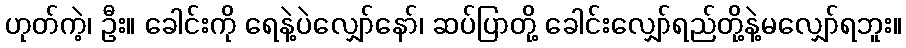
ဟုတ်ကဲ့၊ ဦး။ ခေါင်းကို ရေနဲ့ပဲလျှော်နော်၊ ဆပ်ပြာတို့ ခေါင်းလျှော်ရည်တို့နဲ့မလျှော်ရဘူး။